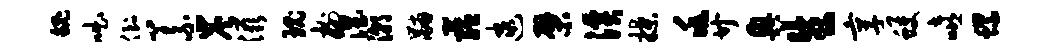
魄咄倒义炭滋瑰榭涅潮黼蕴逮檗溪揲兆廿兴生享蠖嘻螺